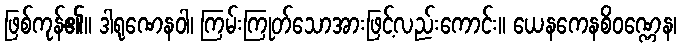
ဖြစ်ကုန်၏။ ဒါရုဏေနဝါ၊ ကြမ်းကြုတ်သောအားဖြင့်လည်းကောင်း။ ယေနကေနစိဝဏ္ဏေန၊